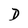
Character: D